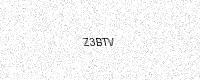
Text: Z3BTV